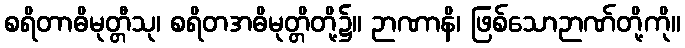
စရိတာဓိမုတ္တီသု၊ စရိတအဓိမုတ္တိတို့၌။ ဉာဏာနိ၊ ဖြစ်သောဉာဏ်တို့ကို။